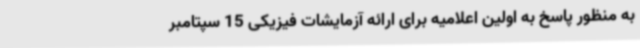
به منظور پاسخ به اولین اعلامیه برای ارائه آزمایشات فیزیکی 15 سپتامبر